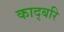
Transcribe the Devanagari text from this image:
काद्बरि